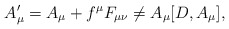
\begin{align*}A_\mu'=A_\mu +f^\mu F_{\mu \nu} \not=A_\mu [D,A_\mu],\end{align*}